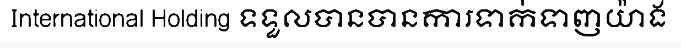
International Holding ទទួលបានបានការទាក់ទាញយ៉ាង